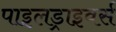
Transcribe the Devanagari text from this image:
पाइलड्राइवर्स